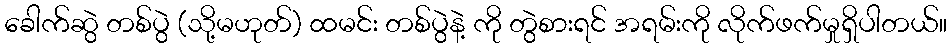
ခေါက်ဆွဲ တစ်ပွဲ (သို့မဟုတ်) ထမင်း တစ်ပွဲနဲ့ ကို တွဲစားရင် အရမ်းကို လိုက်ဖက်မှုရှိပါတယ်။